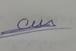
Signature authenticity: genuine